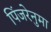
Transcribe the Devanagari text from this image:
पिंजरेनुमा